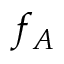
f _ { A }